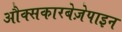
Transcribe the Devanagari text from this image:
औक्सकारबेज़ेपाइन